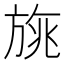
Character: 旐